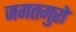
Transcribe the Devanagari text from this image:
जगतगुरो